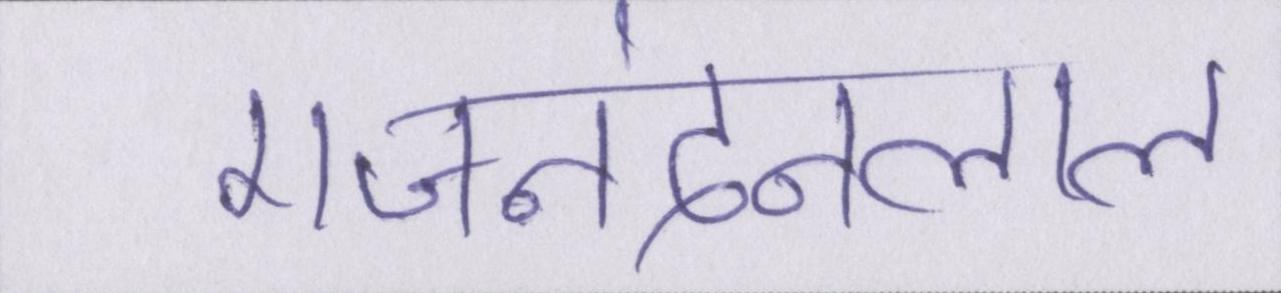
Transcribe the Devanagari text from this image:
गजनंदनलाल